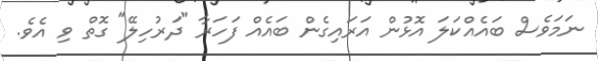
ނަމަވެސް ބައެއްކަލަ އޮޅުން އަރައިގެން ބައެއް ފަހަރާ "ދަރުހިލޭ" ގޮތް ވި އެވެ.